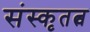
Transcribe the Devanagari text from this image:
संस्कृतत्व